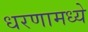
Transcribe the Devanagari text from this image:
धरणामध्ये